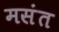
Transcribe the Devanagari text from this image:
मसंत